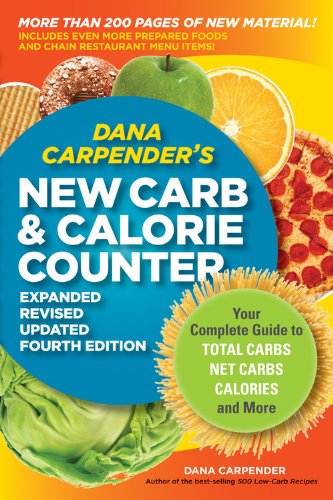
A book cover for Dana Carpender's NEW Carb and Calorie Counter-Expanded, Revised, and Updated 4th Edition: Your Complete Guide to Total Carbs, Net Carbs, Calories, and More; Dana Carpender; Cookbooks, Food & Wine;